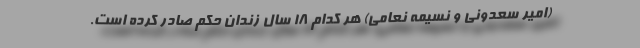
(امیر سعدونی و نسیمه نعامی) هر کدام 18 سال زندان حکم صادر کرده است.